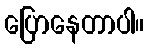
ပြောနေတာပါ။